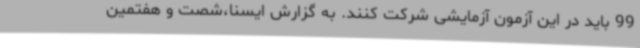
99 باید در این آزمون آزمایشی شرکت کنند. به گزارش ایسنا،شصت و هفتمین